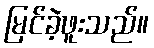
မြင်ခဲ့ဖူးသည်။